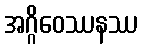
အဂ္ဂိဝေဿနဿ